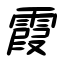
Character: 霞